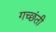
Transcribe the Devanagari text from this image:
गच्छंती